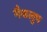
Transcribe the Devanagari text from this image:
मैकलुप